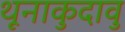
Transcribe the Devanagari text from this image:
थूनाकुदावु